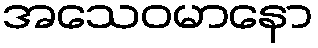
အသေဝမာနော